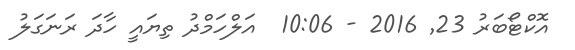
އޮކްޓޯބަރު 23